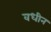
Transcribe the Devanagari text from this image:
वधीन